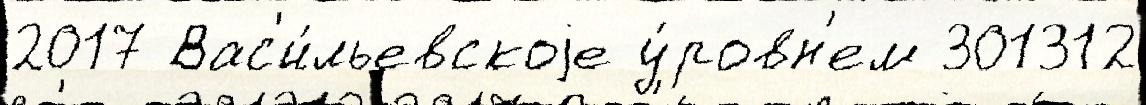
2017 Вас'и́льевскоjе у́ровн'ем 301312